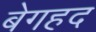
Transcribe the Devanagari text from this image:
बेगहद